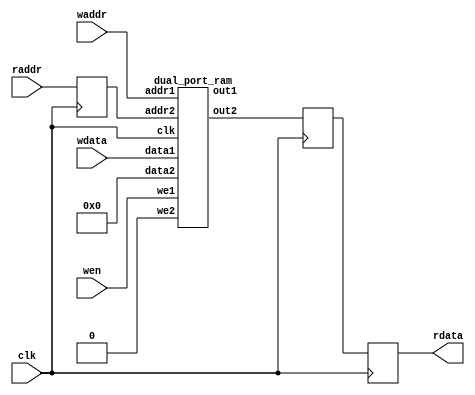
`define SIMULATION_MEMORY

module buffer_16_12100_buffer_init_05 (
	input clk,
	input wen,
	input [13:0] waddr,
	input [15:0] wdata,
	input [13:0] raddr,
	output [15:0] rdata
);

reg [13:0] raddr_reg;
reg [15:0] rdata_reg;
reg [15:0] pipeline_reg_0;
wire [15:0] rd_dummy_signal;
wire [15:0] wr_dummy_signal;
wire [15:0] rdata_wire;
assign rd_dummy_signal = 0;

always @(posedge clk) begin
	rdata_reg <= rdata_wire;
	raddr_reg <= raddr;
	pipeline_reg_0 <= rdata_reg;
end

dual_port_ram u_dual_port_ram(
	.addr1(waddr),
	.we1(wen),
	.data1(wdata),
	.out1(wr_dummy_signal),
	.addr2(raddr_reg),
	.we2(1'b0),
	.data2(rd_dummy_signal),
	.out2(rdata_wire),
	.clk(clk)
);
assign rdata = pipeline_reg_0;

endmodule

module dual_port_ram(
clk,
addr1,
addr2,
data1,
data2,
we1,
we2,
out1,
out2
);

parameter DATA_WIDTH = 16;
parameter ADDR_WIDTH = 14;
input clk;
input [ADDR_WIDTH-1:0] addr1;
input [ADDR_WIDTH-1:0] addr2;
input [DATA_WIDTH-1:0] data1;
input [DATA_WIDTH-1:0] data2;
input we1;
input we2;
output reg [DATA_WIDTH-1:0] out1;
output reg [DATA_WIDTH-1:0] out2;

reg [DATA_WIDTH-1:0] ram[ADDR_WIDTH-1:0];

always @(posedge clk) begin
  if (we1) begin
    ram[addr1] <= data1;
  end
  else begin
    out1 <= ram[addr1];
  end
end

always @(posedge clk) begin
  if (we2) begin
    ram [addr2] <= data2;
  end
  else begin
    out2 <= ram[addr2];
  end
end

endmodule